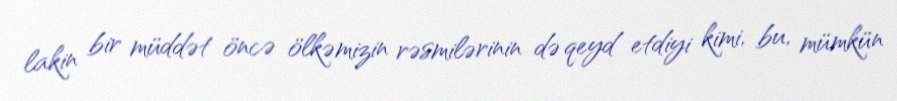
lakin bir müddət öncə ölkəmizin rəsmilərinin də qeyd etdiyi kimi, bu, mümkün